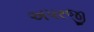
અપરજી